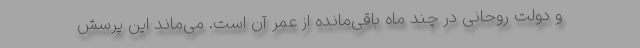
و ‌دولت روحانی در چند ماه باقی‌مانده از عمر آن است. می‌ماند این پرسش